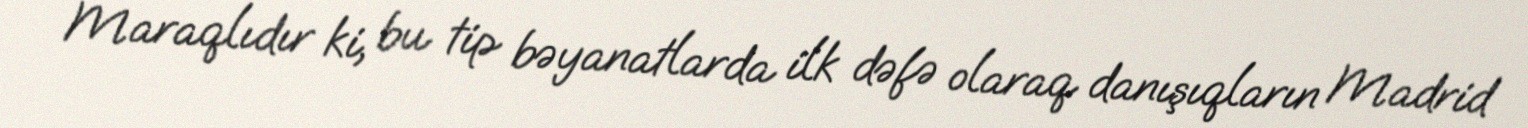
Maraqlıdır ki, bu tip bəyanatlarda ilk dəfə olaraq danışıqların Madrid